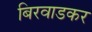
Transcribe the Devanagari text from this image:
बिरवाडकर